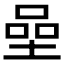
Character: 𡍸